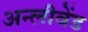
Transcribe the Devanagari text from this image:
अन्लीवेंड